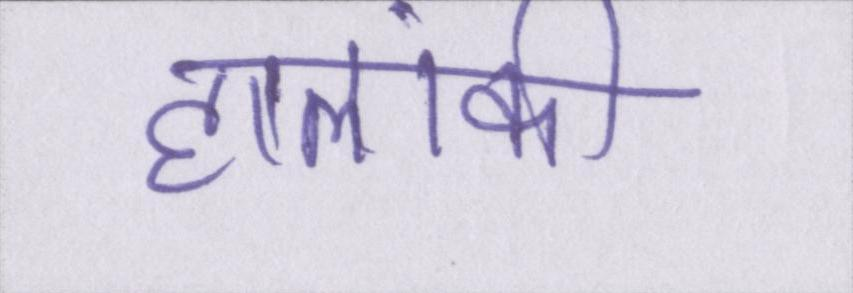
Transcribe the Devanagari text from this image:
हालांकी